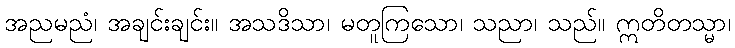
အညမညံ၊ အချင်းချင်း။ အသဒိသာ၊ မတူကြသော၊ သညာ၊ သည်။ ဣတိတသ္မာ၊